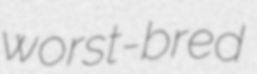
worst-bred